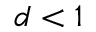
d < 1